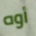
أوه